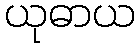
ယုဓာယ